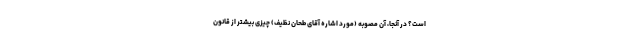
است؟ در آنجا، آن مصوبه (مورد اشاره آقای طحان نظیف) چیزی بیشتر از قانون